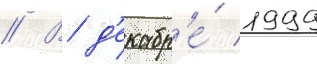
// В д'екабр'е́ 1999